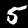
Label: 5